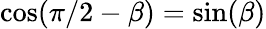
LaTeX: \cos(\pi/2-\beta)=\sin(\beta)